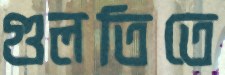
গুলতিতে